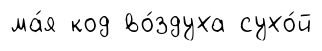
ма́я код во́здуха сухо́й